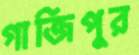
গাজিপুর